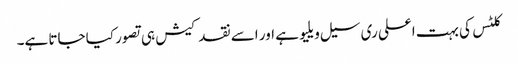
کلٹس کی بہت اعلی ری سیل ویلیو ہے اور اسے نقد کیش ہی تصور کیا جاتا ہے۔